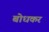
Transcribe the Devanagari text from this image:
बोधकर